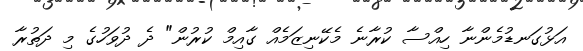
އަޅުގަނޑުމެންނާ ހިއްސާ ކުރާނެ މެކޭނިޒަމެއް ގާއިމް ކުރުން" ދެ ދުވަހުގެ މި ދަތުރާ